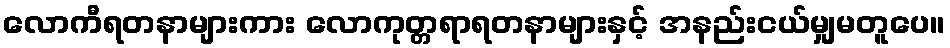
လောကီရတနာများကား လောကုတ္တရာရတနာများနှင့် အနည်းငယ်မျှမတူပေ။